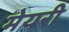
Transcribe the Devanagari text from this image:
मेयरी